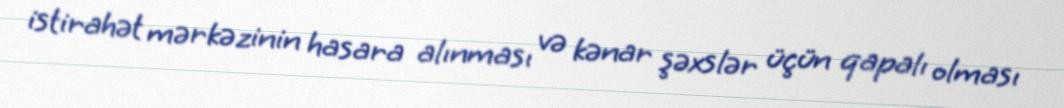
istirahət mərkəzinin hasara alınması və kənar şəxslər üçün qapalı olması